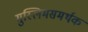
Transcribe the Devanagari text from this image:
मुस्लिमसमर्थक